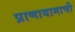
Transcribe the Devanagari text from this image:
प्राणायामाची